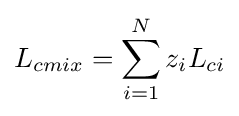
L_{cmix}=\sum _{i=1}^{N}z_{i}L_{ci}